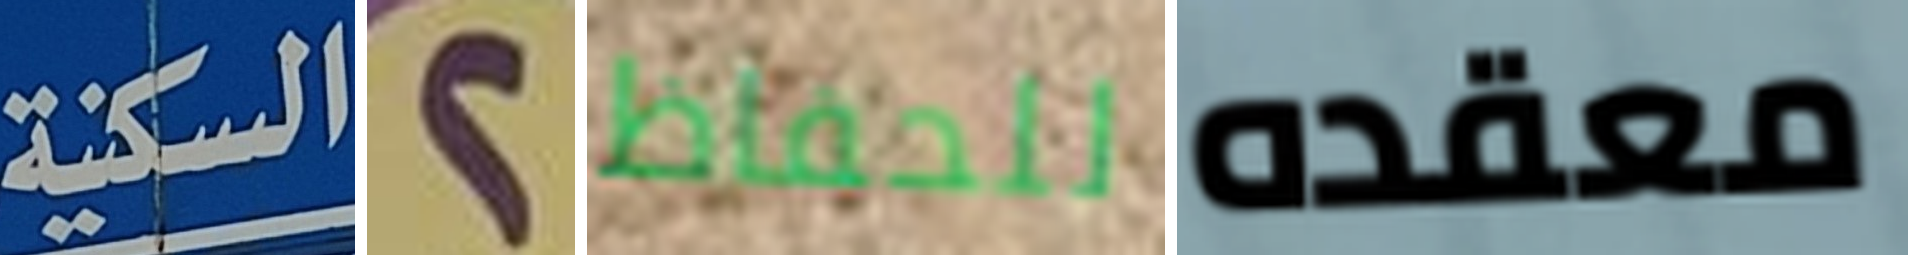
السكنية 2 للحفاظ معقده